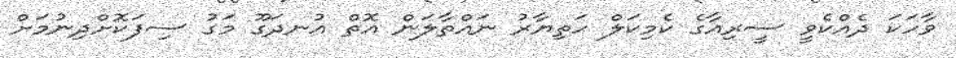
ވާހަކަ ދެއްކެވީ ސީރިއާގެ ކެމިކަލް ހަތިޔާރު ނައްތާލަން އޮތް އުނދަގޫ މަގު ސިފަކޮށްދިނުމަށް